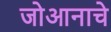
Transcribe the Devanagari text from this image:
जोआनाचे